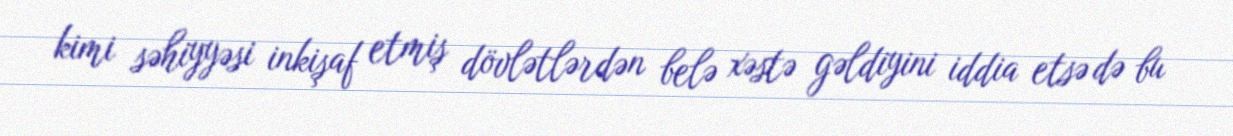
kimi səhiyyəsi inkişaf etmiş dövlətlərdən belə xəstə gəldiyini iddia etsə də bu